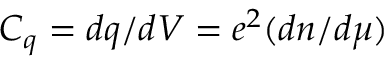
C _ { q } = d q / d V = e ^ { 2 } ( d n / d \mu )